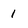
Character: 1